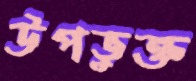
উপভুক্ত